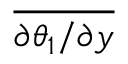
\overline { { { \partial \theta _ { 1 } } / { \partial y } } }